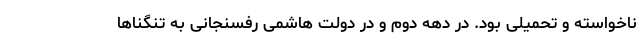
ناخواسته و تحمیلی بود. در دهه دوم و در دولت هاشمی رفسنجانی به تنگناها